Scientific memoirs by medical officers of the Army of India - Part II,
Year: 1886
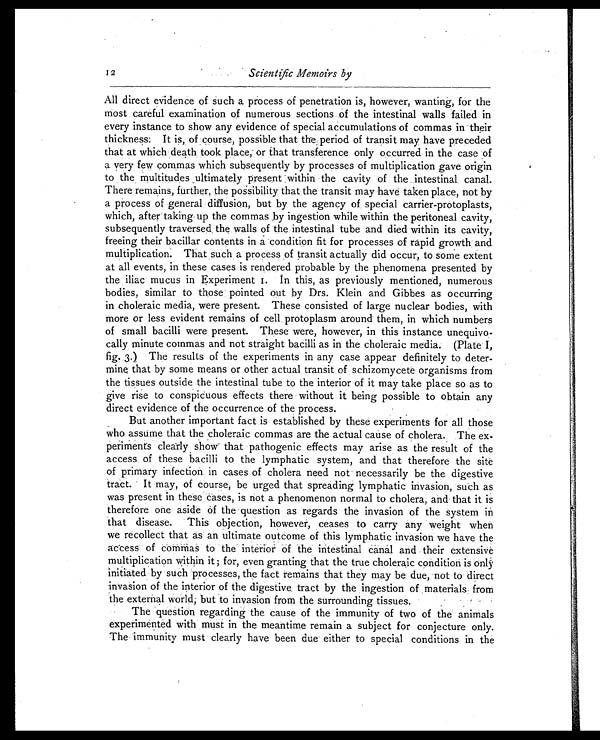
12
Scientific Memoirs by
All direct evidence of such a process of penetration is, however, wanting, for the
most careful examination of numerous sections of the intestinal walls failed in
every instance to show any evidence of special accumulations of commas in their
thickness. It is, of course, possible that the period of transit may have preceded
that at which death took place, or that transference only occurred in the case of
a very few commas which subsequently by processes of multiplication gave origin
to the multitudes ultimately present within the cavity of the intestinal canal.
There remains, further, the possibility that the transit may have taken place, not by
a process of general diffusion, but by the agency of, special carrier-protoplasts,
which, after taking up the commas by ingestion while within the peritoneal cavity,
subsequently traversed, the walls of the intestinal tube and died within its cavity,
freeing their bacillar contents in a condition fit for processes of rapid growth and
multiplication. That such a process of transit actually did occur, to some extent
at all events, in these cases is rendered probable by the phenomena presented by
the iliac mucus in Experiment 1. In this, as previously mentioned, numerous
bodies, similar to those pointed out by Drs. Klein and Gibbes as occurring
in choleraic media, were present. These consisted of large nuclear bodies, with
more or less evident remains of cell protoplasm around them, in which numbers
of small bacilli were present. These were, however, in this instance unequivo-
cally minute commas and not straight bacilli as in the choleraic media. (Plate I,
fig. 3.) The results of the experiments in any case appear definitely to deter-
mine that by some means or other actual transit of schizomycete organisms from
the tissues outside the intestinal tube to the interior of it may take place so as to
give rise to conspicuous effects there without it being possible to obtain any
direct evidence of the occurrence of the process.
But another important fact is established by these experiments for all those
who assume that the choleraic commas are the actual cause of cholera. The ex-
periments clearly show that pathogenic effects may arise as the result of the
access of these bacilli to the lymphatic system, and that therefore the site
of primary infection in cases of cholera need not necessarily be the digestive
tract. It may, of course, be urged that spreading lymphatic invasion, such as
was present in these cases, is not a phenomenon normal to cholera, and that it is
therefore one aside of the question as regards the invasion of the system in
that disease. This objection, however, ceases to carry any weight when
we recollect that as an ultimate outcome of this lymphatic invasion we have the
access of commas to the interior of the intestinal canal and their extensive
multiplication within it ; for, even granting that the true choleraic condition is only
initiated by such processes, the fact remains that they may be due, not to direct
invasion of the interior of the digestive tract by the ingestion of materials from
the external world, but to invasion from the surrounding tissues.
The question regarding the cause of the immunity of two of the animals
experimented with must in the meantime remain a subject for conjecture only.
The immunity must clearly have been due either to special conditions in the